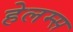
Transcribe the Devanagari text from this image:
हेलम्स